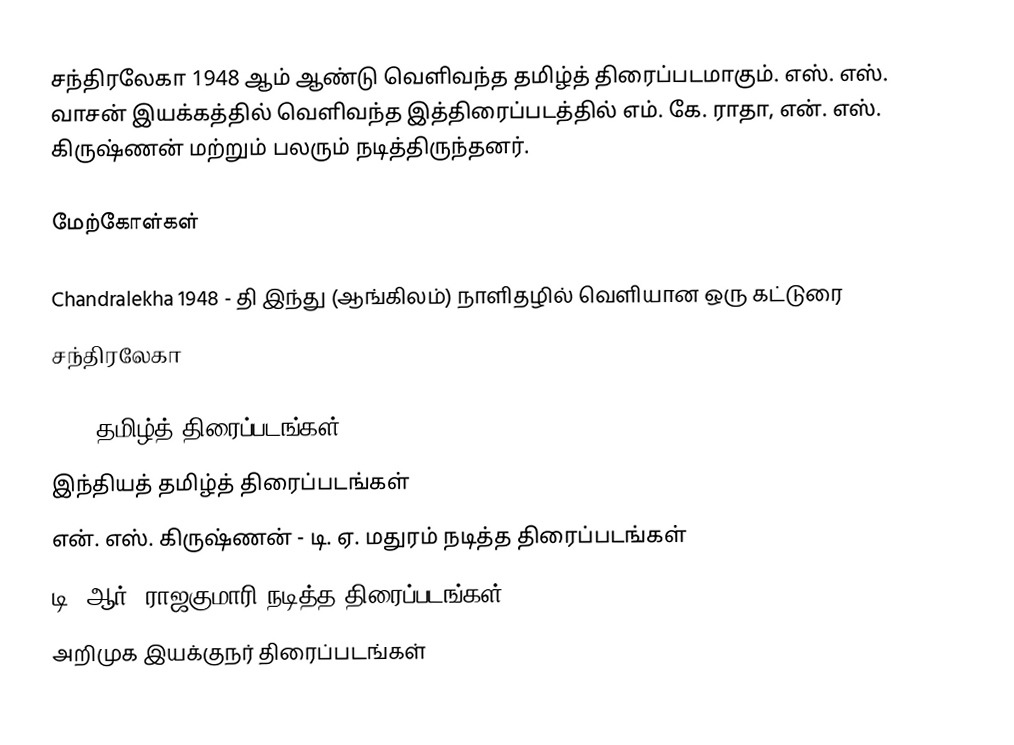
சந்திரலேகா 1948 ஆம் ஆண்டு வெளிவந்த தமிழ்த் திரைப்படமாகும். எஸ். எஸ். வாசன் இயக்கத்தில் வெளிவந்த இத்திரைப்படத்தில் எம். கே. ராதா, என். எஸ். கிருஷ்ணன் மற்றும் பலரும் நடித்திருந்தனர்.

மேற்கோள்கள்

 Chandralekha 1948 - தி இந்து (ஆங்கிலம்) நாளிதழில் வெளியான ஒரு கட்டுரை
 சந்திரலேகா

1948 தமிழ்த் திரைப்படங்கள்
இந்தியத் தமிழ்த் திரைப்படங்கள்
என். எஸ். கிருஷ்ணன் - டி. ஏ. மதுரம் நடித்த திரைப்படங்கள்
டி. ஆர். ராஜகுமாரி நடித்த திரைப்படங்கள்
அறிமுக இயக்குநர் திரைப்படங்கள்